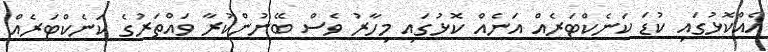
އެއްކޮޅުގައި ކުޑަ ކަނެކްޓަރެއް އަނެއް ކޮޅުގައި މިހާރު ވެސް ބޭނުންކުރާ ވައްތަރުގެ ކަނެކްޓަރެއް